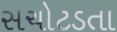
સચોટડતા